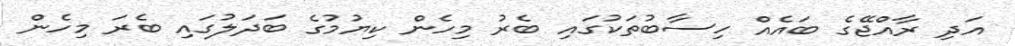
އަދި ރާއްޖޭގެ ބައެއް ހިސާބުތަކުގައި ބެރު މިހެން ކިޔުމުގެ ބަދަލުގައި ބެރަ މިހެން